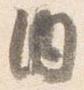
内